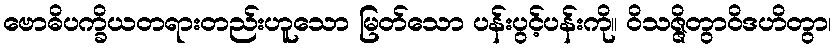
ဗောဓိပက္ခိယတရားတည်းဟူသော မြတ်သော ပန်းပွင့်ပန်းကို။ ဝိသဇ္ဇိတွာဝိဒဟိတွာ၊